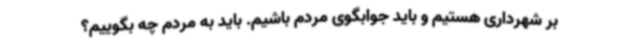
بر شهرداری هستیم و باید جوابگوی مردم باشیم. باید به مردم چه بگوییم؟